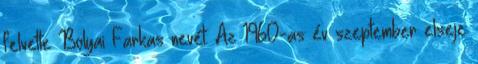
felvette Bolyai Farkas nevét. Az 1960-as év szeptember elseje